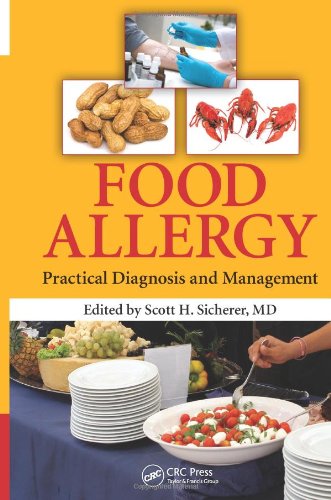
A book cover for Food Allergy: Practical Diagnosis and Management; Health, Fitness & Dieting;